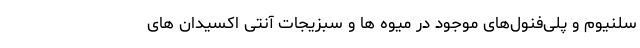
سلنیوم و پلی‌فنول‌های موجود در میوه ها و سبزیجات آنتی اکسیدان های